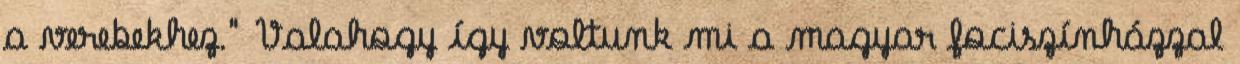
a verebekhez." Valahogy így voltunk mi a magyar fociszínházzal